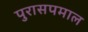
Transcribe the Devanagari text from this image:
पुरासपमाल